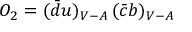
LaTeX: { \cal O } _ { 2 } = ( \bar { d } u ) _ { V - A } \, ( \bar { c } b ) _ { V - A }